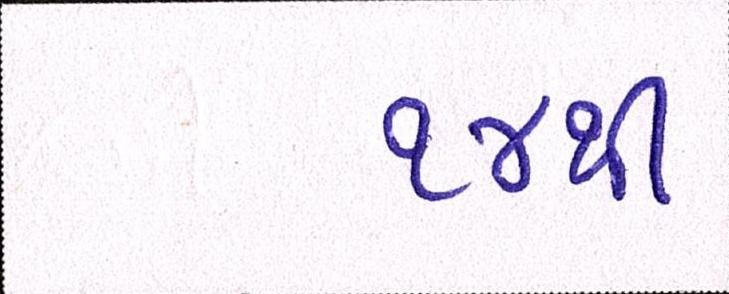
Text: ૧૪થી